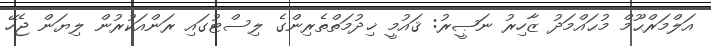
އަލްމަރްޙޫމް މުޙައްމަދު ޒާހިރު ނަޞީރު: ޤައުމީ ޚިދުމަތްތެރިންގެ ލިސްޓުގައި ރަންއަކުރުން ލިޔަން ޖެހޭ